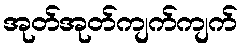
အုတ်အုတ်ကျက်ကျက်